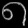
Digit: ၈